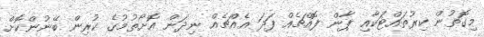
މިގޮތުން ކިރުތައްޓަކާއި ޕާން ފޮއްޗެއް ފަދަ އެއްޗެއް ނިދަން އޮށޯތުމުގެ ކުރިން ބޭނުންކޮށް